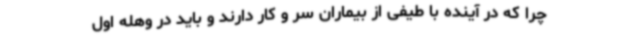
چرا که در آینده با طیفی از بیماران سر و کار دارند و باید در وهله اول